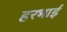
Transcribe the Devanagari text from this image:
हरभाई